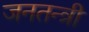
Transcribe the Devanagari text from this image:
जनतन्त्री